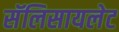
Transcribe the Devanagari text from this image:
सॅलिसायलेट